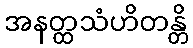
အနတ္ထသံဟိတန္တိ